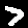
Label: 7